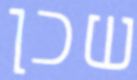
שכן